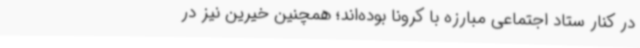
در کنار ستاد اجتماعی مبارزه با کرونا بوده‌اند؛ همچنین خیرین نیز در